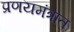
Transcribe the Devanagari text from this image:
प्रणयमंत्रात